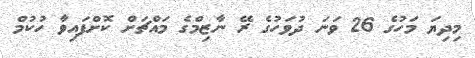
މިދިޔަ މަހުގެ 26 ވަނަ ދުވަހުގެ ރޭ ނާޒިމްގެ މައްޗަށް ކޮށްފައިވާ ހުކުމް